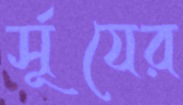
র্সূযের